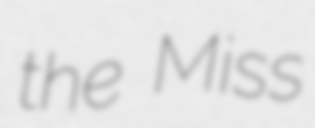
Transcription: the Miss